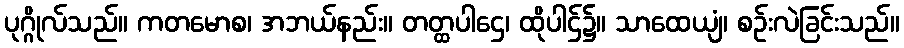
ပုဂ္ဂိုလ်သည်။ ကတမောစ၊ အဘယ်နည်း။ တတ္ထပါဌေ၊ ထိုပါဌ်၌။ သာထေယျံ၊ စဉ်းလဲခြင်းသည်။